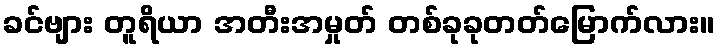
ခင်ဗျား တူရိယာ အတီးအမှုတ် တစ်ခုခုတတ်မြောက်လား။